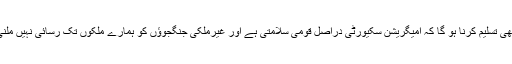
ہمیں یہ بھی تسلیم کرنا ہو گا کہ امیگریشن سکیورٹی دراصل قومی سلامتی ہے اور غیرملکی جنگجوؤں کو ہمارے ملکوں تک رسائی نہیں ملنی چاہیے۔